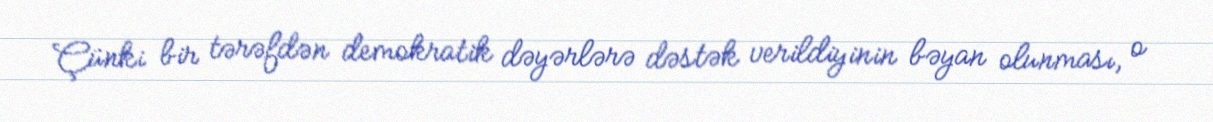
Çünki bir tərəfdən demokratik dəyərlərə dəstək verildiyinin bəyan olunması, o